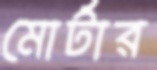
মোর্টার